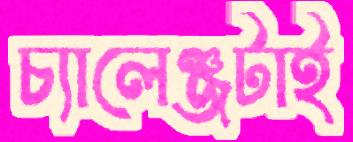
চ্যালেঞ্জটাই